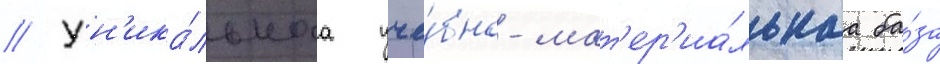
// Ун'ика́льнаа уче́бно-мат'ер'иа́льнаа ба́за